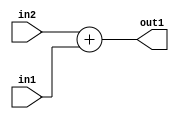
`timescale 1ps / 1ps
/*****************************************************************************
    Verilog RTL Description
    
    
    Created by: Stratus DpOpt 21.05.01 
*******************************************************************************/

module dut_Add_4Ux4U_5U_1 (
	in2,
	in1,
	out1
	); /* architecture "behavioural" */ 
input [3:0] in2,
	in1;
output [4:0] out1;
wire [4:0] asc001;

assign asc001 = 
	+(in2)
	+(in1);

assign out1 = asc001;
endmodule

/* CADENCE  urjySAg= : u9/ySxbfrwZIxEzHVQQV8Q== ** DO NOT EDIT THIS LINE ******/